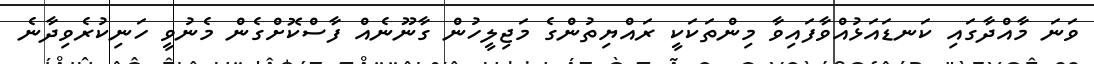
ވަނަ މާއްދާގައި ކަނޑައަޅުއްވާފައިވާ މިންތަކަކީ ރައްޔިތުންގެ މަޖިލީހުން ގާނޫނެއް ފާސްކޮށްގެން މެނުވީ ހަނިކުރެވިދާނެ